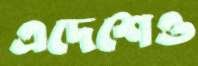
এদেশেও